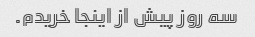
سه روز پیش از اینجا خریدم.